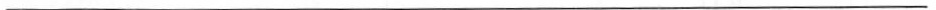
___